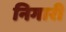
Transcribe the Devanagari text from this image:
निगारी